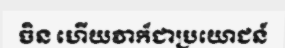
ចិន ហើយវាក៏ជាប្រយោជន៍